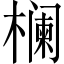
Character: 𱤚